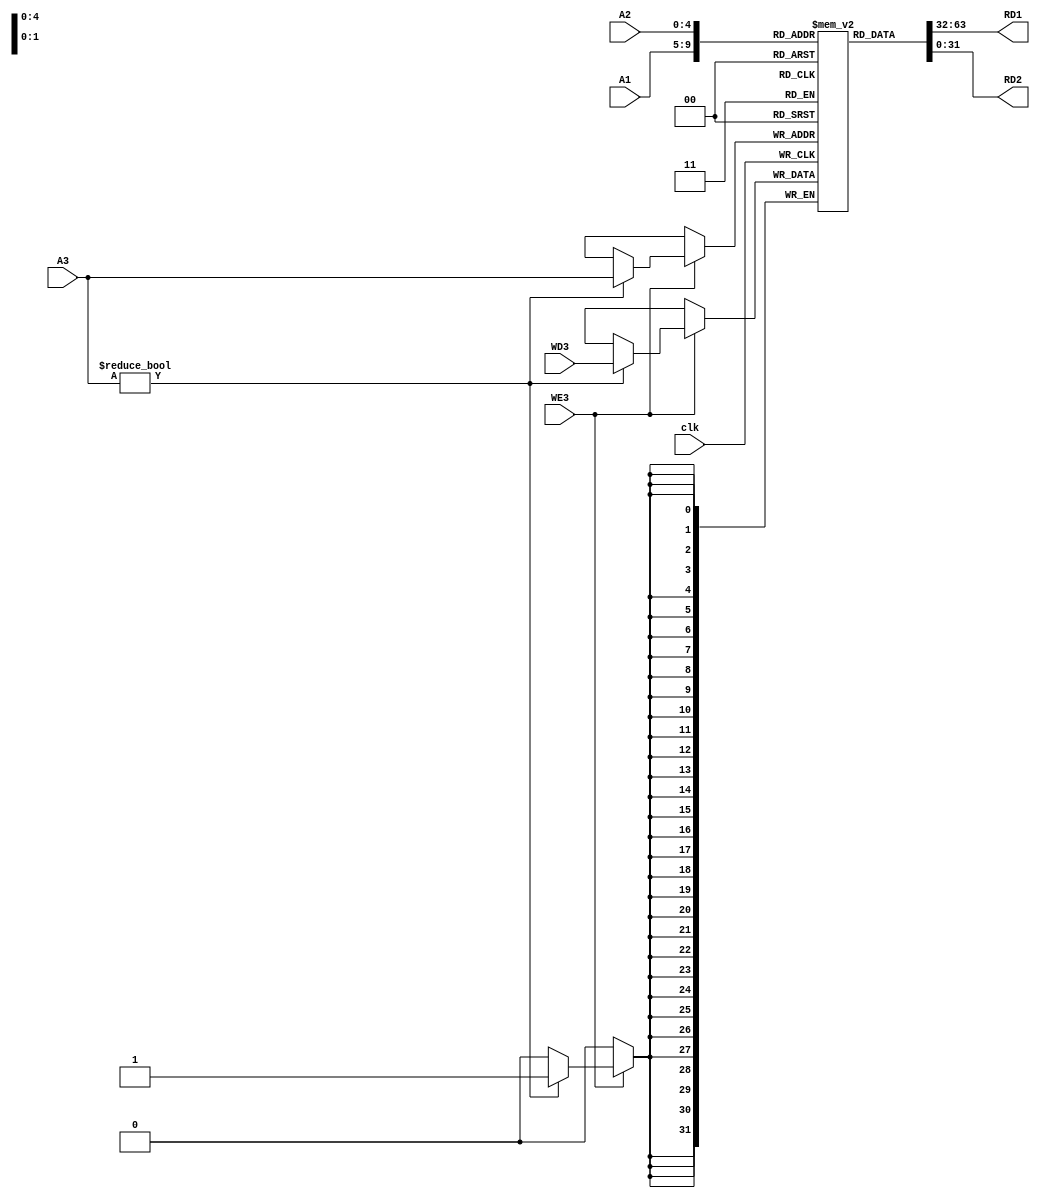
module register_file(input [4:0] A1, A2, A3, input[31:0] WD3, input clk, WE3, output [31:0] RD1, RD2);

reg [31:0] reg_memory [0:31];
initial reg_memory[0] = 32'b0;

always@(posedge clk)begin
	if(WE3) begin
		if(A3 != 0) reg_memory[A3] = WD3;
	end
end

assign RD1 = reg_memory[A1];
assign RD2 = reg_memory[A2];

endmodule